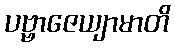
ပဗ္ဗာဇေယျာမာတိ